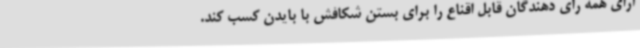
آرای همه رای دهندگان قابل اقناع را برای بستن شکافش با بایدن کسب کند.